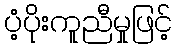
ပံ့ပိုးကူညီမှုဖြင့်